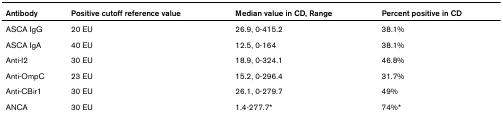
<table><thead><tr><td><b>Antibody</b></td><td><b>Positive cutoff reference value</b></td><td><b>Median value in CD, Range</b></td><td><b>Percent positive in CD</b></td></tr></thead><tbody><tr><td>ASCA IgG</td><td>20 EU</td><td>26.9, 0-415.2</td><td>38.1%</td></tr><tr><td>ASCA IgA</td><td>40 EU</td><td>12.5, 0-164</td><td>38.1%</td></tr><tr><td>Anti-I2</td><td>30 EU</td><td>18.9, 0-324.1</td><td>46.8%</td></tr><tr><td>Anti-OmpC</td><td>23 EU</td><td>15.2, 0-296.4</td><td>31.7%</td></tr><tr><td>Anti-CBir1</td><td>30 EU</td><td>26.1, 0-279.7</td><td>49%</td></tr><tr><td>ANCA</td><td>30 EU</td><td>1.4-277.7*</td><td>74%*</td></tr></tbody></table>